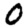
Digit: 0